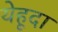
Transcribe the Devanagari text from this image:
येहूदा